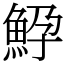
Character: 䱆